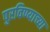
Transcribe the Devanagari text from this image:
पुरविण्याच्या